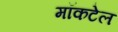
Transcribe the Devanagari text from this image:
मॉकटेल